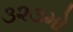
૩૨૩મો